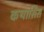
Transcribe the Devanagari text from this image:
कथार्सिस